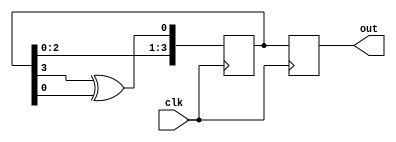
module johnson_counter(
    input wire clk,
    output reg [3:0] out
);

reg [3:0] state;

always @(posedge clk) begin
    state <= state << 1; // Shift left
    state[0] <= state[3] ^ state[0]; // XOR feedback
    out <= state;
end

endmodule